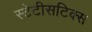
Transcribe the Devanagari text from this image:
स्टेटीसटिक्स